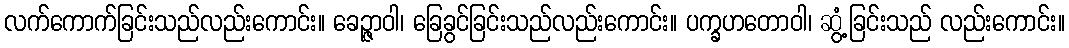
လက်ကောက်ခြင်းသည်လည်းကောင်း။ ခေဉ္ဇာဝါ၊ ခြေခွင်ခြင်းသည်လည်းကောင်း။ ပက္ခဟတောဝါ၊ ဆွံ့ခြင်းသည် လည်းကောင်း။